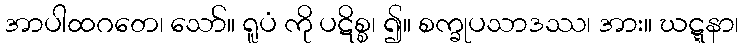
အာပါထဂတေ၊ သော်။ ရူပံ ကို ပဋိစ္စ၊ ၍။ စက္ခုပသာဒဿ၊ အား။ ဃဋ္ဋနာ၊